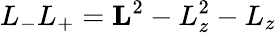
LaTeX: L_{-}L_{+}=\mathbf{L}^{2}-L_{z}^{2}-L_{z}